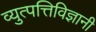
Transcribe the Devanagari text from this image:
व्युत्पत्तिविज्ञानी